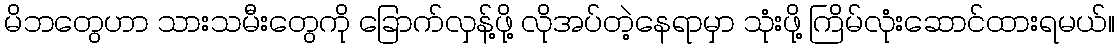
မိဘတွေဟာ သားသမီးတွေကို ခြောက်လှန့်ဖို့ လိုအပ်တဲ့နေရာမှာ သုံးဖို့ ကြိမ်လုံးဆောင်ထားရမယ်။